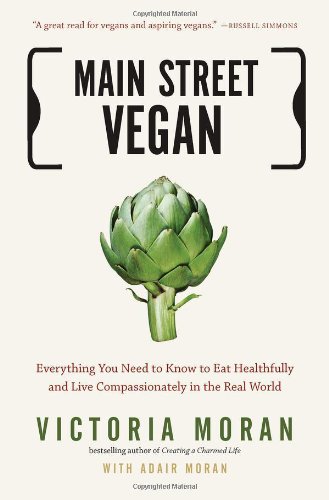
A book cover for Main Street Vegan: Everything You Need to Know to Eat Healthfully and Live Compassionately in the Real World; Victoria Moran; Cookbooks, Food & Wine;